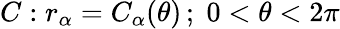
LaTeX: C:r_{\alpha}=C_{\alpha}(\theta)\, ;\; 0<\theta<2\pi